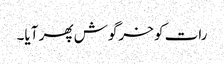
رات کو خرگوش پھر آیا۔